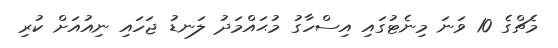
މެޗްގެ 10 ވަނަ މިނެޓުގައި އިސްހާގު މުޙައްމަދު ލަނޑު ޖަހައި ނިއުއަށް ކުރި